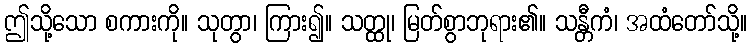
ဤသို့သော စကားကို။ သုတွာ၊ ကြား၍။ သတ္ထု၊ မြတ်စွာဘုရား၏။ သန္တီကံ၊ အထံတော်သို့။